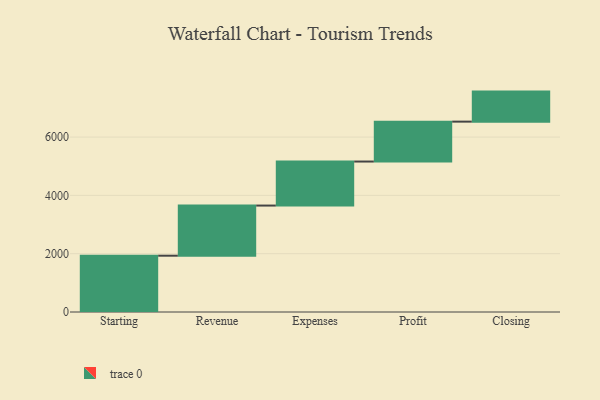
{"axis": {"x": "Step", "y": "Value"}, "legend": [""], "data": [{"x": "Starting", "y": 1931.0, "type": ""}, {"x": "Revenue", "y": 1720.0, "type": ""}, {"x": "Expenses", "y": 1510.0, "type": ""}, {"x": "Profit", "y": 1369.0, "type": ""}, {"x": "Closing", "y": 1030.0, "type": ""}]}